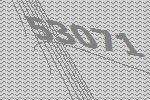
53071